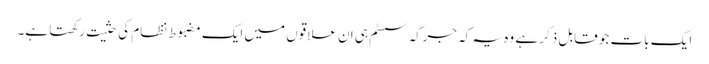
ایک بات جو قابل ذکر ہے وہ یہ کہ جرگہ سسٹم ہی ان علاقوں میں ایک مضبوط نظام کی حثیت رکھتا ہے۔